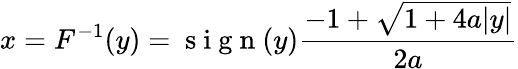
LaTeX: x=F^{-1}(y)=\mathrm{~s~i~g~n~}(y)\frac{-1+\sqrt{1+4a|y|}}{2a}